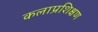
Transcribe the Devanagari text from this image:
कलाप्रशिक्षण